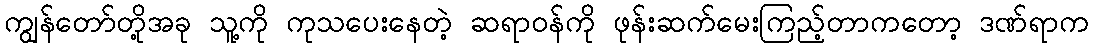
ကျွန်တော်တို့အခု သူ့ကို ကုသပေးနေတဲ့ ဆရာဝန်ကို ဖုန်းဆက်မေးကြည့်တာကတော့ ဒဏ်ရာက